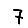
Digit: 7